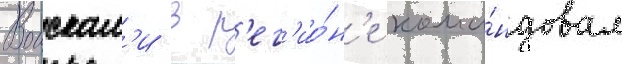
Воискам'и в р'ег'ио́н'е кома́ндовал